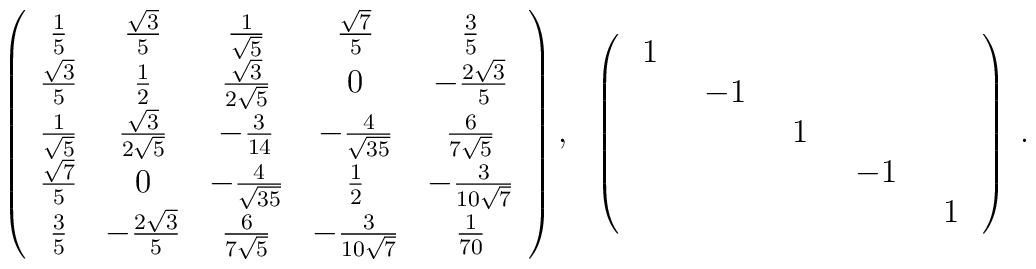
\begin{array}{cc} \left( \begin{array}{ccccc} \frac{1}{5} &\frac{\sqrt{3}}{5} & \frac{1}{\sqrt{5}} & \frac{\sqrt{7}}{5} & \frac{3}{5} \\\frac{\sqrt{3}}{5} & \frac{1}{2} & \frac{\sqrt{3}}{2\sqrt{5}} & 0 & -\frac{2\sqrt{3}}{5} \\ \frac{1}{\sqrt{5}} & \frac{\sqrt{3}}{2\sqrt{5}} & -\frac{3}{14} & -\frac{4}{\sqrt{35}} & \frac{6}{7\sqrt{5}} \\\frac{\sqrt{7}}{5}& 0 &  - \frac{4}{\sqrt{35}} & \frac{1}{2} & -\frac{3}{10\sqrt{7}} \\\frac{3}{5} & -\frac{2\sqrt{3}}{5} & \frac{6}{7\sqrt{5}} & -\frac{3}{10\sqrt{7}} & \frac{1}{70} \end{array} \right), & \left(\begin{array}{ccccc} \;1\;&&&& \\ &\;-1\;&&& \\ &&\;1\;&& \\ &&&\;-1\;& \\&&&&\;1\; \end{array} \right) \end{array}.